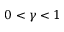
0 < \gamma < 1